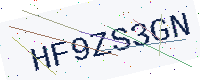
Text: HF9ZS3GN